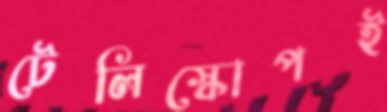
টেলিস্কোপই